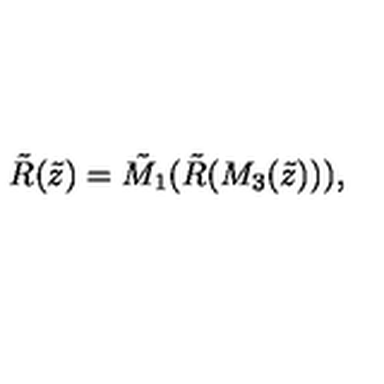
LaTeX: { \tilde { R } } ( { \tilde { z } } ) = { \tilde { M } } _ { 1 } ( { \tilde { R } } ( M _ { 3 } ( { \tilde { z } } ) ) ) ,